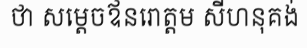
ថា សម្តេចឪនរោត្តម សីហនុគង់